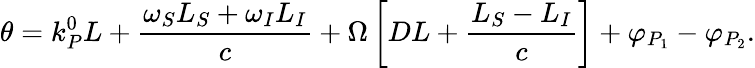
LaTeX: \theta=k_{P}^{0}L+\frac{\omega_{S}L_{S}+\omega_{I}L_{I}}{c}+\Omega\left[DL+\frac{L_{S}-L_{I}}{c}\right]+\varphi_{P_{1}}-\varphi_{P_{2}}.